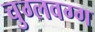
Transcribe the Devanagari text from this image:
चुग्लवग्ग